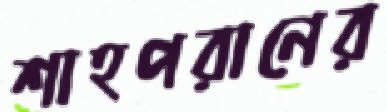
শাহপরানের